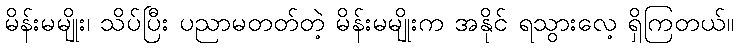
မိန်းမမျိုး၊ သိပ်ပြီး ပညာမတတ်တဲ့ မိန်းမမျိုးက အနိုင် ရသွားလေ့ ရှိကြတယ်။